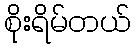
စိုးရိမ်တယ်